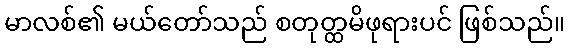
မာလစ်၏ မယ်တော်သည် စတုတ္ထမိဖုရားပင် ဖြစ်သည်။